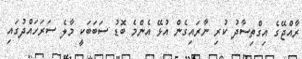
ރާއްޖޭގެ އިގްތިސާދު ކުރި ނާރައިގެން އުޅޭ އެންމެ ބޮޑު ސަބަބަކީ މާލެ ސަރަހައްދުގައި